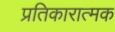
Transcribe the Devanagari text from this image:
प्रतिकारात्मक